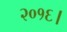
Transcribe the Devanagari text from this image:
२०१६।